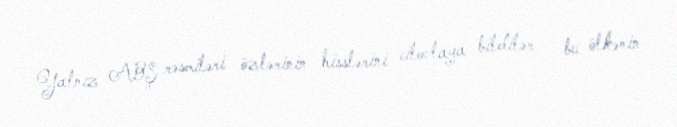
Yalnız ABŞ rəsmiləri özlərinin hisslərini cilovlaya bildilər - bu ölkənin